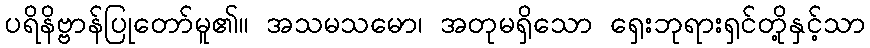
ပရိနိဗ္ဗာန်ပြုတော်မူ၏။ အသမသမော၊ အတုမရှိသော ရှေးဘုရားရှင်တို့နှင့်သာ